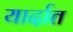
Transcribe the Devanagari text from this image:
यार्दात